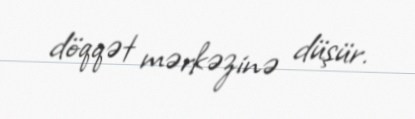
döqqət mərkəzinə düşür.